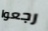
رجعوا